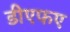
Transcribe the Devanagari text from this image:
डीएफए